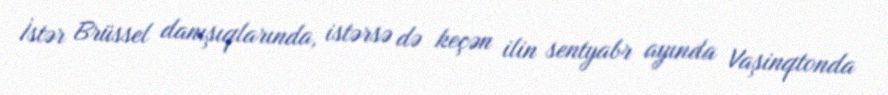
İstər Brüssel danışıqlarında, istərsə də keçən ilin sentyabr ayında Vaşinqtonda